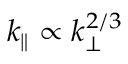
k _ { \parallel } \propto k _ { \perp } ^ { 2 / 3 }